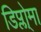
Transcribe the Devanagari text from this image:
डिप्लो्मा